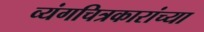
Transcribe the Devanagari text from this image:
व्यंगचित्रकारांच्या